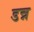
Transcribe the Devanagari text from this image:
डन्न